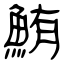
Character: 鮪